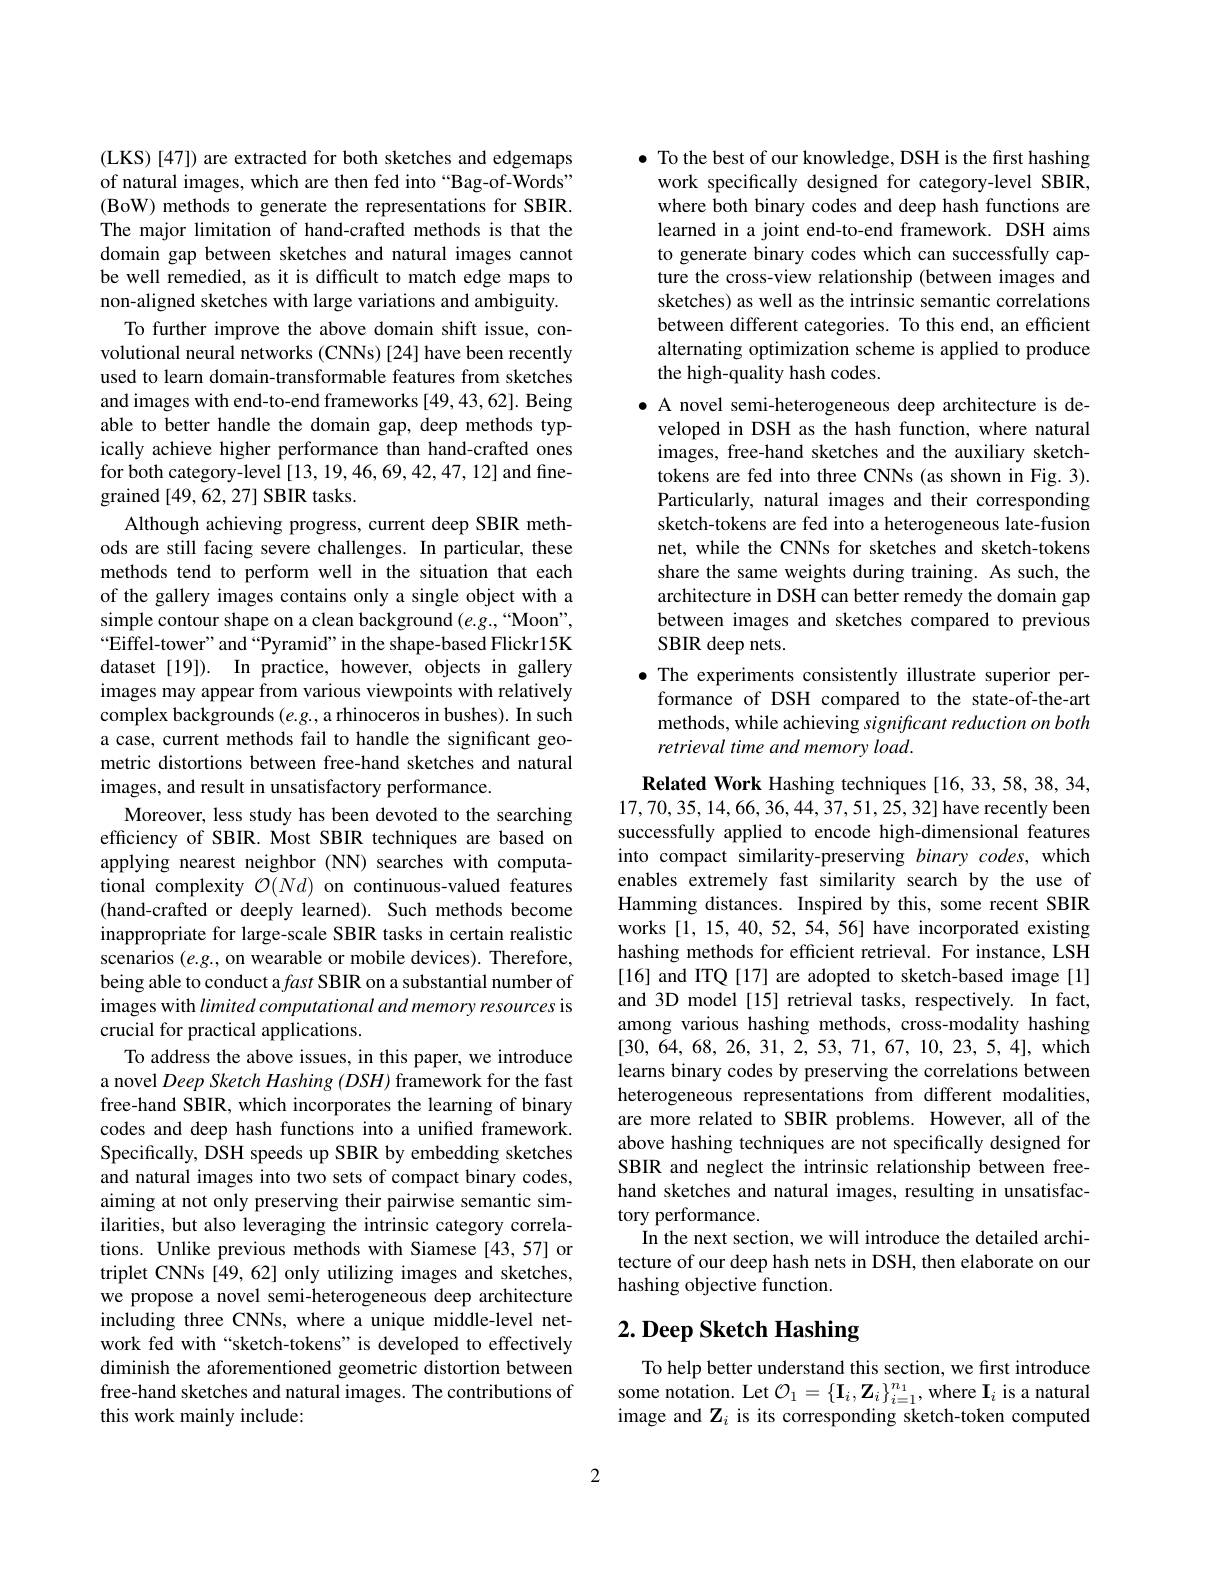
(LKS) [47]) are extracted for both sketches and edgemaps of natural images, which are then fed into“Bag-of-Words” (BoW) methods to generate the representations for SBIR. The major limitation of hand-crafted methods is that the domain gap between sketches and natural images cannot be well remedied, as it is difficult to match edge maps to non-aligned sketches with large variations and ambiguity.
To further improve the above domain shift issue, convolutional neural networks (CNNs) [24] have been recently used to learn domain-transformable features from sketches and images with end-to-end frameworks [49,43,62]. Being able to better handle the domain gap, deep methods typically achieve higher performance than hand-crafted ones for both category-level [13, 19,46,69,42,47,12] and finegrained [49,62,27] SBIR tasks.
Although achieving progress, current deep SBIR methods are still facing severe challenges. In particular, these methods tend to perform well in the situation that each of the gallery images contains only a single object with a simple contour shape on a clean background (e.g.,“Moon”, “Eiffel-tower”and“Pyramid”in the shape-based Flickr15K dataset [19]). In practice, however, objects in gallery images may appear from various viewpoints with relatively complex backgrounds $(e.g.$, a rhinoceros in bushes). In such a case, current methods fail to handle the significant geometric distortions between free-hand sketches and natural images, and result in unsatisfactory performance.
Moreover, less study has been devoted to the searching efficiency of SBIR. Most SBIR techniques are based on applying nearest neighbor (NN) searches with computational complexity $\mathcal{O}(Nd)$ on continuous-valued features (hand-crafted or deeply learned). Such methods become inappropriate for large-scale SBIR tasks in certain realistic scenarios $(e.g.$, on wearable or mobile devices). Therefore, being able to conduct a fast SBIR on a substantial number of images with limited computational and memory resources is crucial for practical applications.
To address the above issues, in this paper, we introduce a novel Deep Sketch Hashing (DSH) framework for the fast free-hand SBIR, which incorporates the learning of binary codes and deep hash functions into a unified framework. Specifically, DSH speeds up SBIR by embedding sketches and natural images into two sets of compact binary codes, aiming at not only preserving their pairwise semantic similarities, but also leveraging the intrinsic category correlations. Unlike previous methods with Siamese [43,57] or triplet CNNs [49,62] only utilizing images and sketches, we propose a novel semi-heterogeneous deep architecture including three CNNs, where a unique middle-level network fed with “sketch-tokens”is developed to effectively diminish the aforementioned geometric distortion between free-hand sketches and natural images. The contributions of this work mainly include:

$\bullet$ To the best of our knowledge, DSH is the first hashing
work specifically designed for category-level SBIR, where both binary codes and deep hash functions are learned in a joint end-to-end framework. DSH aims to generate binary codes which can successfully capture the cross-view relationship (between images and sketches) as well as the intrinsic semantic correlations between different categories. To this end, an efficient alternating optimization scheme is applied to produce the high-quality hash codes.

$\bullet$ A novel semi-heterogeneous deep architecture is de-
veloped in DSH as the hash function, where natural images, free-hand sketches and the auxiliary sketchtokens are fed into three CNNs (as shown in Fig. 3). Particularly, natural images and their corresponding sketch-tokens are fed into a heterogeneous late-fusion net, while the CNNs for sketches and sketch-tokens share the same weights during training. As such, the architecture in DSH can better remedy the domain gap between images and sketches compared to previous SBIR deep nets.
$\bullet$ The experiments consistently illustrate superior per-
formance of DSH compared to the state-of-the-art methods, while achieving significant reduction on both retrieval time and memory load.

Related Work Hashing techniques [16,33,58,38,34, 17,70,35,14,66,36,44,37,51,25,32] have recently been successfully applied to encode high-dimensional features into compact similarity-preserving binary codes, which enables extremely fast similarity search by the use of Hamming distances. Inspired by this, some recent SBIR works [1,15,40,52,54,56] have incorporated existing hashing methods for efficient retrieval. For instance, LSH [16] and ITQ [17] are adopted to sketch-based image[1] and 3D model [15] retrieval tasks, respectively. In fact, among various hashing methods, cross-modality hashing [30,64,68,26,31,2,53,71,67,10,23,5,4],which learns binary codes by preserving the correlations between heterogeneous representations from different modalities, are more related to SBIR problems. However, all of the above hashing techniques are not specifically designed for SBIR and neglect the intrinsic relationship between freehand sketches and natural images, resulting in unsatisfactory performance.
In the next section, we will introduce the detailed architecture of our deep hash nets in DSH, then elaborate on our hashing objective function.

# 2. Deep Sketch Hashing

To help better understand this section, we first introduce some notation. Let $\mathcal{O}_1=\{\mathbf{I}_i,\mathbf{Z}_i\}_{i=1}^{n_1}$,where $\mathbf{I}_i$ is a natural image and $\mathbf{Z}_i$ is its corresponding sketch-token computed

2